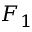
F _ { 1 }